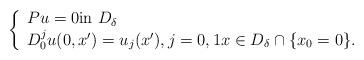
LaTeX: \begin{align*}\left\{\begin{array}{l}Pu=0\mbox{in~} D_{\delta}\\D_0^ju(0,x')=u_j(x'),j=0,1x\in D_{\delta}\cap\{x_0=0\}.\end{array}\right.\end{align*}